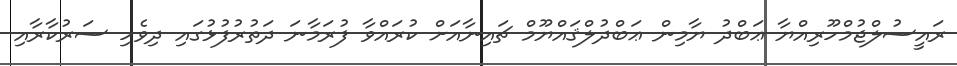
ރައީސުލްޖުމްހޫރިއްޔާ ޢަބްދު ޔާމިން ޢަބްދުލްޤައްޔޫމް ޗައިނާއަށް ކުރައްވާ ފުރަމާނަ ދަތުރުފުޅުގައި ދިވެހި ސަރުކާރާއި